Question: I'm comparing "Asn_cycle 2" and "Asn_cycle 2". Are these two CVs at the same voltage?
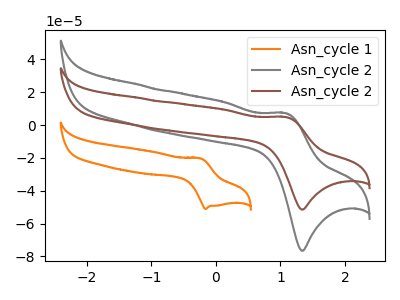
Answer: <think>The orange curve "Asn_cycle 1" has an anodic peak at (-0.25V, -20.20uA) and a cathodic peak at (-0.15V, -51.10uA). The gray curve "Asn_cycle 2" has an anodic peak at (1.10V, 7.30uA) and a cathodic peak at (1.35V, -76.55uA). The brown curve "Asn_cycle 2" has an anodic peak at (1.10V, 4.90uA) and a cathodic peak at (1.35V, -51.50uA).
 All the peaks in "Asn_cycle 2" have a peak in "Asn_cycle 2" at the same potential. Every peak in "Asn_cycle 2" is lower than every peak in "Asn_cycle 2".</think>
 <answer>"Asn_cycle 2" and "Asn_cycle 2" are similar in shape.</answer>
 <eval>same_shape</eval>